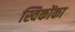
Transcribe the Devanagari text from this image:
स्विकोंका